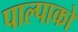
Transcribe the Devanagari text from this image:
पाल्पाको